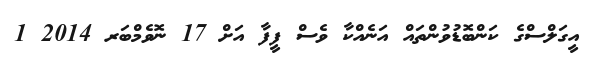
އީގަލްސްގެ ކަންބޮޑުވުންތައް އަނެއްކާ ވެސް ފީފާ އަށް 17 ނޮވެމްބަރ 2014 1